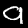
Digit: 9